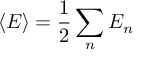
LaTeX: \langle E \rangle = { \frac { 1 } { 2 } } \sum _ { n } E _ { n }